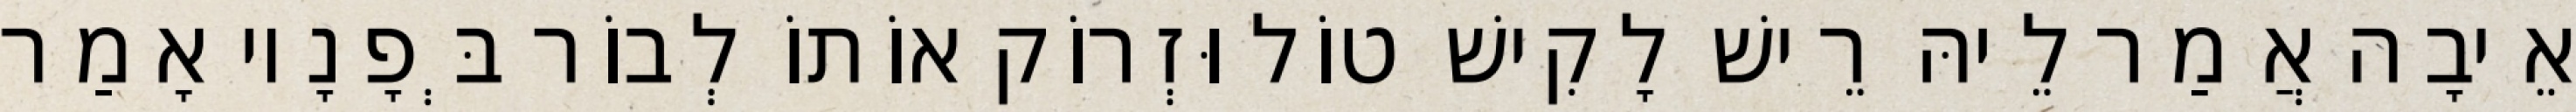
אֵיבָה אֲמַר לֵיהּ רֵישׁ לָקִישׁ טוֹל וּזְרוֹק אוֹתוֹ לְבוֹר בְּפָנָיו אָמַר